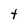
Character: t